Scottish Leaving Certificate Examination, 1960
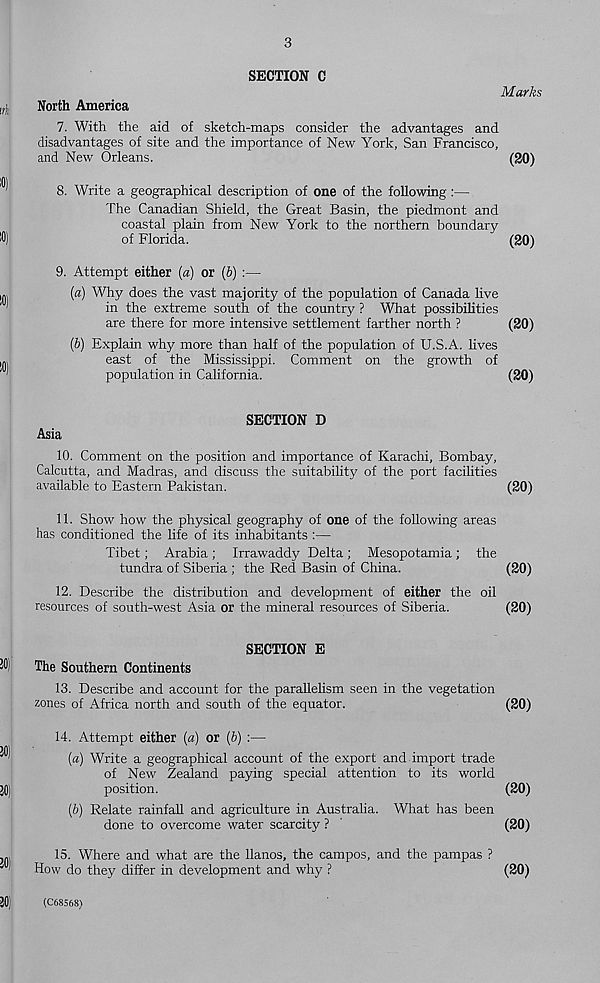
SECTION C
Marks
North America
7. With the aid of sketch-maps consider the advantages and
disadvantages of site and the importance of New York, San Francisco,
and New Orleans.
(20)
8. Write a geographical description of one of the following :—
The Canadian Shield, the Great Basin, the piedmont and
coastal plain from New York to the northern boundary
of Florida.
(20)
9. Attempt either (a) or (&) :—
{a) Why does the vast majority of the population of Canada live
in the extreme south of the country ? What possibilities
are there for more intensive settlement farther north ?
(20)
(6) Explain why more than half of the population of U.S.A. lives
east of the Mississippi. Comment on the growth of
population in California.
(20)
SECTION D
Asia
10. Comment on the position and importance of Karachi, Bombay,
Calcutta, and Madras, and discuss the suitability of the port facilities
available to Eastern Pakistan.
(20)
11. Show how the physical geography of one of the following areas
has conditioned the life of its inhabitants :—
Tibet; Arabia; Irrawaddy Delta; Mesopotamia; the
tundra of Siberia ; the Red Basin of China.
(20)
12. Describe the distribution and development of either the oil
resources of south-west Asia or the mineral resources of Siberia.
(20)
SECTION E
The Southern Continents
13. Describe and account for the parallelism seen in the vegetation
zones of Africa north and south of the equator.
(20)
14. Attempt either (a) or (6) :—
(а) Write a geographical account of the export and import trade
of New Zealand paying special attention to its world
position.
(20)
(б) Relate rainfall and agriculture in Australia. What has been
done to overcome water scarcity ?
(20)
15. Where and what are the llanos, the campos, and the pampas ?
How do they differ in development and why ?
(20)
(C68568)